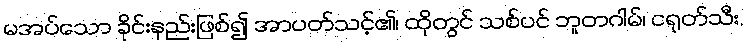
မအပ်သော ခိုင်းနည်းဖြစ်၍ အာပတ်သင့်၏၊ ထိုတွင် သစ်ပင် ဘူတဂါမ်၊ ငရုတ်သီး,